Annual report of the Punjab Veterinary College and of the Civil Veterinary Department, Punjab - 1926-1932
Year: 1926
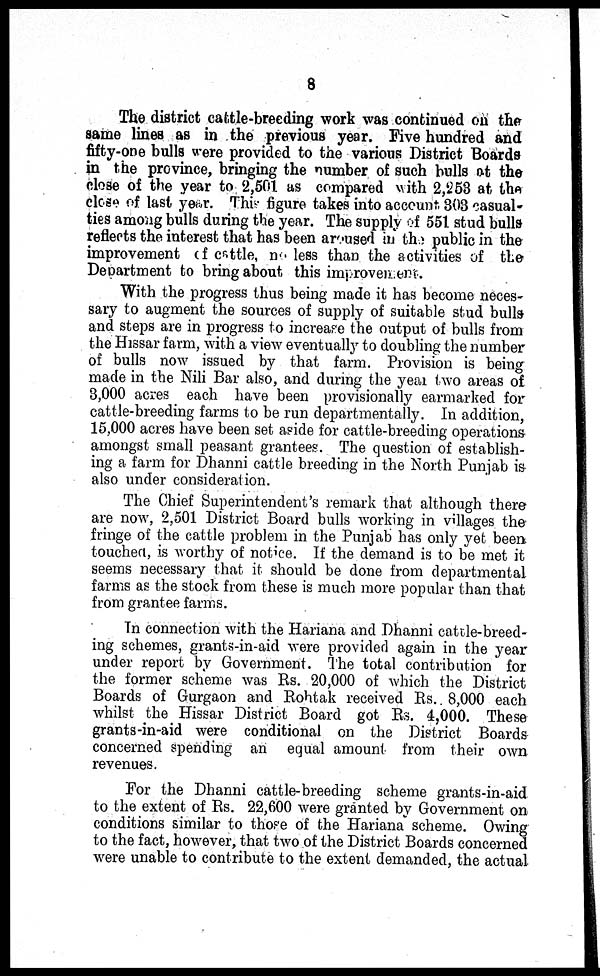
8
The district cattle-breeding work was continued on the
same lines as in the previous year. Five hundred and
fifty-one bulls were provided to the various District Boards
in the province, bringing the number of such bulls at the
close of the year to 2,501 as compared with 2,253 at the
close of last year. This figure takes into account, 303 casual-
ties among bulls during the year. The supply of 551 stud bulls
reflects the interest that has been aroused in the public in the
improvement of cattle, no less than the activities of the
Department to bring about this improvement.
With the progress thus being made it has become neces-
sary to augment the sources of supply of suitable stud bulls
and steps are in progress to increase the output of bulls from
the Hissar farm, with a view eventually to doubling the number
of bulls now issued by that farm. Provision is being
made in the Nili Bar also, and during the year two areas of
3,000 acres each have been provisionally earmarked for
cattle-breeding farms to be run departmentally. In addition,
15,000 acres have been set aside for cattle-breeding operations-
amongst small peasant grantees. The question of establish-
ing a farm for Dhanni cattle breeding in the North Punjab is
also under consideration.
The Chief Superintendent's remark that although there
are now, 2,501 District Board bulls working in villages the
fringe of the cattle problem in the Punjab has only yet been
touched, is worthy of notice. If the demand is to be met it
seems necessary that it should be done from departmental
farms as the stock from these is much more popular than that
from grantee farms.
In connection with the Hariana and Dhanni cattle-breed-
ing schemes, grants-in-aid were provided again in the year
under report by Government. The total contribution for
the former scheme was Rs. 20,000 of which the District
Boards of Gurgaon and Rohtak received Rs. 8,000 each
whilst the Hissar District Board got Rs. 4,000. These
grants-in-aid were conditional on the District Boards
concerned spending an equal amount from their own
revenues.
For the Dhanni cattle-breeding scheme grants-in-aid
to the extent of Rs. 22,600 were granted by Government on
conditions similar to those of the Hariana scheme. Owing
to the fact, however, that two of the District Boards concerned
were unable to contribute to the extent demanded, the actual